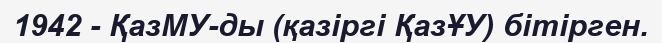
1942 - ҚазМУ-ды (қазіргі ҚазҰУ) бітірген.